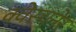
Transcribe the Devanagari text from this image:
क्वेस्चनेर